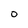
Character: O